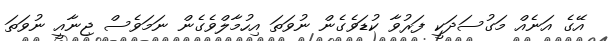
އޭގެ އަނެއް މަގުސަދަކީ ފަރުވާ ކުޑަވެގެން ނުވަތަ އިހުމާލްވެގެން ނަމަވެސް ޖިނާއީ ނުވަތަ